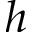
h